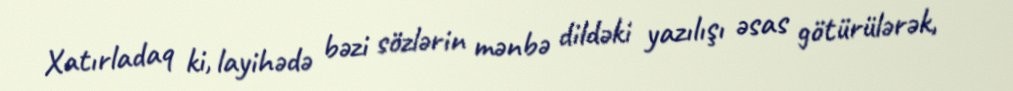
Xatırladaq ki, layihədə bəzi sözlərin mənbə dildəki yazılışı əsas götürülərək,